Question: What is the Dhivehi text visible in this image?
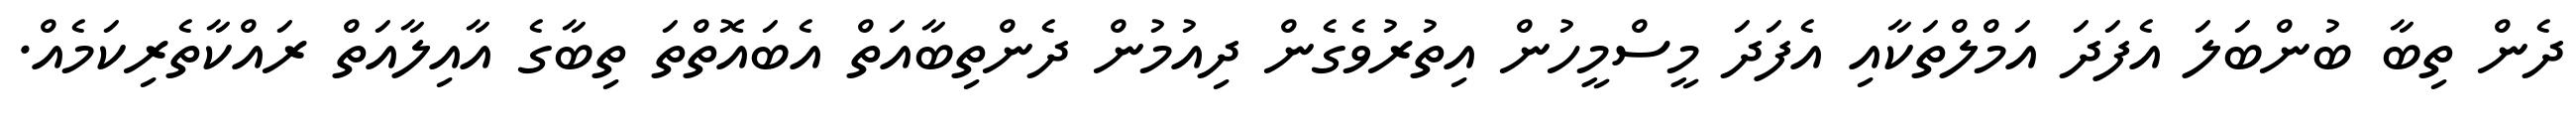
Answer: ދެން ތިބާ ބުންބަލަ އެފަދަ އަމްލްތަކާއި އެފަދަ މީސްމީހުން އިތުރުވެގެން ދިއުމުން ދެންތިބާއަތް އެބައޮތްތަ ތިބާގެ އާއިލާއަތް ރައްކާތެރިކަމެއް.